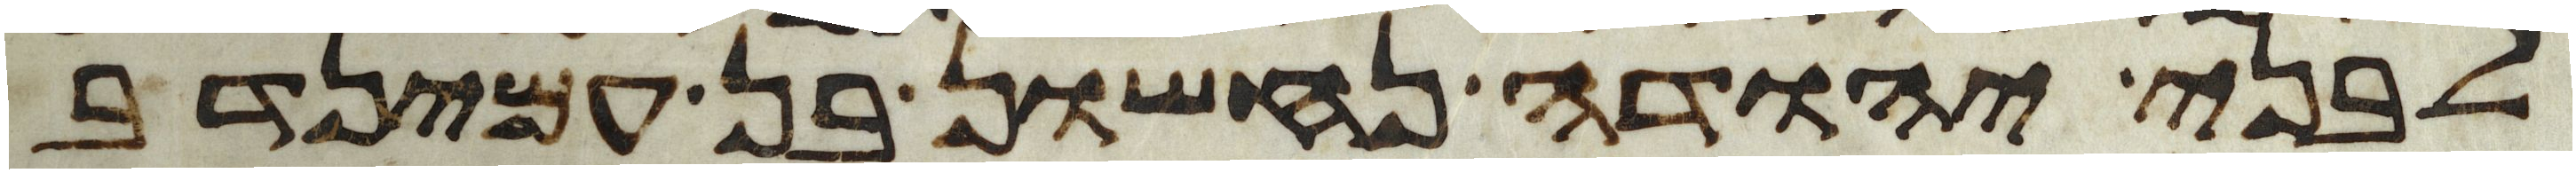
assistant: לבני יהודה נחשון בן עמינדב